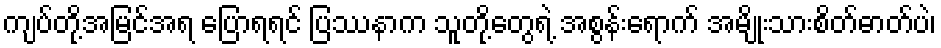
ကျပ်တို့အမြင်အရ ပြောရရင် ပြဿနာက သူတို့တွေရဲ့ အစွန်းရောက် အမျိုးသားစိတ်ဓာတ်ပဲ၊